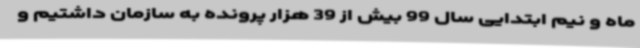
ماه و نیم ابتدایی سال 99 بیش از 39 هزار پرونده به سازمان داشتیم و